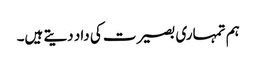
ہم تمہاری بصیرت کی داد دیتے ہیں۔